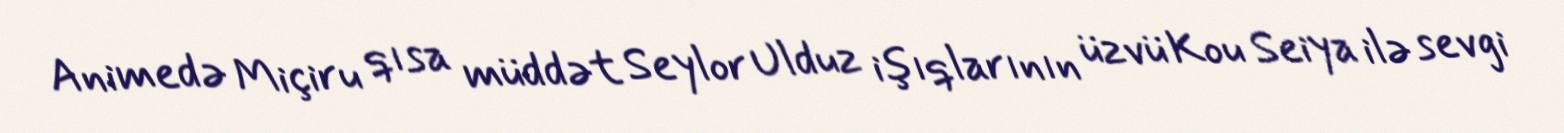
Animedə Miçiru qısa müddət Seylor Ulduz işıqlarının üzvü Kou Seiya ilə sevgi